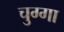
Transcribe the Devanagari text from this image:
चुग्गा